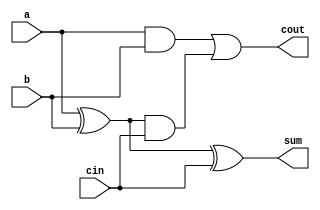
// Create module full_adder
module full_adder (input a, b, cin, output cout, sum);

	// Declare wires for full adder
	wire half_carry_ab, half_sum, half_carry_cin;

	// Create logic gates
	and (half_carry_ab, a, b);
	xor (half_sum, a, b);
	and (half_carry_cin, half_sum, cin);
	xor (sum, half_sum, cin);
	or (cout, half_carry_ab, half_carry_cin);

endmodule

// Create module for eight bit adder 
module eight_bit_adder (input [7:0] a, b, input cin, output [7:0] sum, output cout);

	// Declare wires for eight bit adder
	wire [6:0] carry;
			
	// Make instances of full_adder module to create eight bit adder
	full_adder zero(.a(a[0]), .b(b[0]), .cin(cin), .sum(sum[0]), .cout(carry[0]));
	full_adder one(.a(a[1]), .b(b[1]), .cin(carry[0]), .sum(sum[1]), .cout(carry[1]));
	full_adder two(.a(a[2]), .b(b[2]), .cin(carry[1]), .sum(sum[2]), .cout(carry[2]));
	full_adder three(.a(a[3]), .b(b[3]), .cin(carry[2]), .sum(sum[3]), .cout(carry[3]));
	full_adder four(.a(a[4]), .b(b[4]), .cin(carry[3]), .sum(sum[4]), .cout(carry[4]));
	full_adder five(.a(a[5]), .b(b[5]), .cin(carry[4]), .sum(sum[5]), .cout(carry[5]));
	full_adder six(.a(a[6]), .b(b[6]), .cin(carry[5]), .sum(sum[6]), .cout(carry[6]));
	full_adder seven(.a(a[7]), .b(b[7]), .cin(carry[6]), .sum(sum[7]), .cout(cout));

endmodule